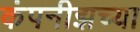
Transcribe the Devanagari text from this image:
कंपनीझच्या